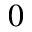
0